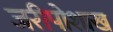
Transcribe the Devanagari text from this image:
जरीपोशाख